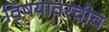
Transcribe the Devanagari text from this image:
विषयावरचीच